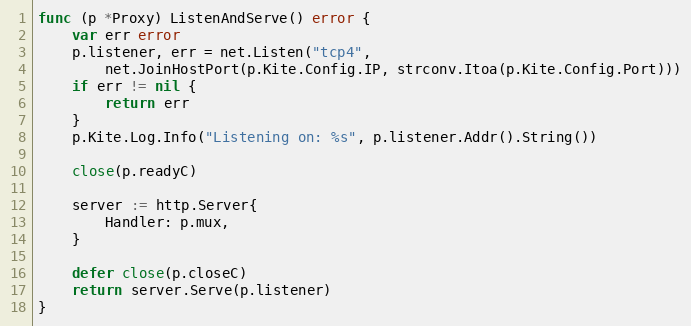
Language: Go
func (p *Proxy) ListenAndServe() error {
	var err error
	p.listener, err = net.Listen("tcp4",
		net.JoinHostPort(p.Kite.Config.IP, strconv.Itoa(p.Kite.Config.Port)))
	if err != nil {
		return err
	}
	p.Kite.Log.Info("Listening on: %s", p.listener.Addr().String())

	close(p.readyC)

	server := http.Server{
		Handler: p.mux,
	}

	defer close(p.closeC)
	return server.Serve(p.listener)
}